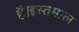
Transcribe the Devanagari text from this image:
है।इस्तमाल